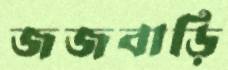
জজবাড়ি